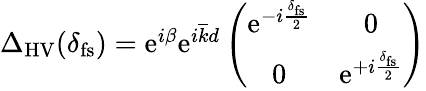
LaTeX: \begin{array}{r}{\Delta_{\mathrm{HV}}(\delta_{\mathrm{fs}})=\mathrm{e}^{i\beta}\mathrm{e}^{i\overline{{k}}d}\left(\begin{array}{cc}{\mathrm{e}^{-i\frac{\delta_{\mathrm{fs}}}{2}}}&{0}\\ {0}&{\mathrm{e}^{+i\frac{\delta_{\mathrm{fs}}}{2}}}\end{array}\right)}\end{array}